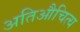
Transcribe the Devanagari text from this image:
अतिऔचित्य